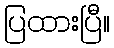
ပြထားပြီ။